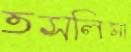
তসলিমা